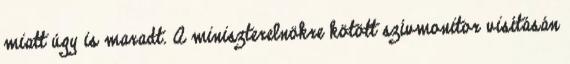
miatt úgy is maradt. A miniszterelnökre kötött szívmonitor visításán